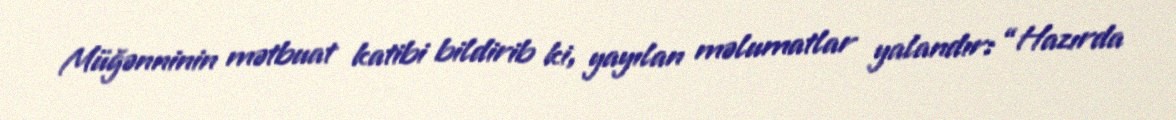
Müğənninin mətbuat katibi bildirib ki, yayılan məlumatlar yalandır: “Hazırda